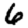
Digit: 6